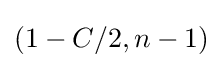
({1-C}/2,n-1)